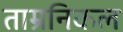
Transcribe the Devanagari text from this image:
ताम्रनिकल